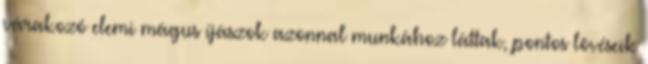
várakozó elemi mágus íjászok azonnal munkához láttak, pontos lövéseik